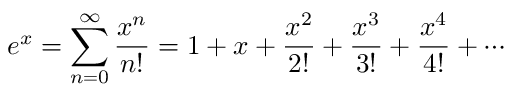
e ^ { x } = \sum _ { n = 0 } ^ { \infty } { \frac { x ^ { n } } { n ! } } = 1 + x + { \frac { x ^ { 2 } } { 2 ! } } + { \frac { x ^ { 3 } } { 3 ! } } + { \frac { x ^ { 4 } } { 4 ! } } + \cdots